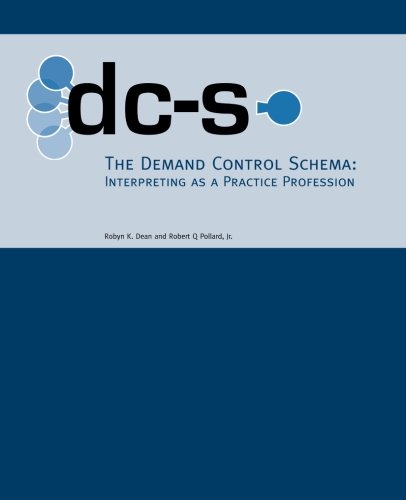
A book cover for The Demand Control Schema: Interpreting as a Practice Profession; Robyn K. Dean; Reference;